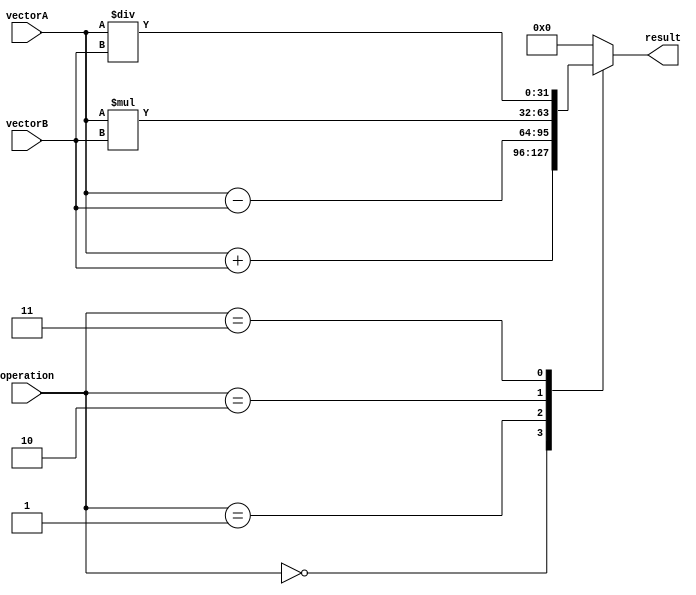
module VectorALU (
    input [31:0] vectorA,
    input [31:0] vectorB,
    input [3:0] operation,
    output reg [31:0] result
);

always @* begin
    case(operation)
        4'd0: result = vectorA + vectorB; // Addition
        4'd1: result = vectorA - vectorB; // Subtraction
        4'd2: result = vectorA * vectorB; // Multiplication
        4'd3: result = vectorA / vectorB; // Division
        // Add more operations as needed
        default: result = 0;
    endcase
end

endmodule